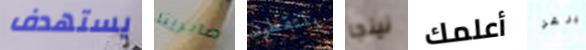
يستهدف صابرينا يلتقطون نينجا أعلمك بيرغر